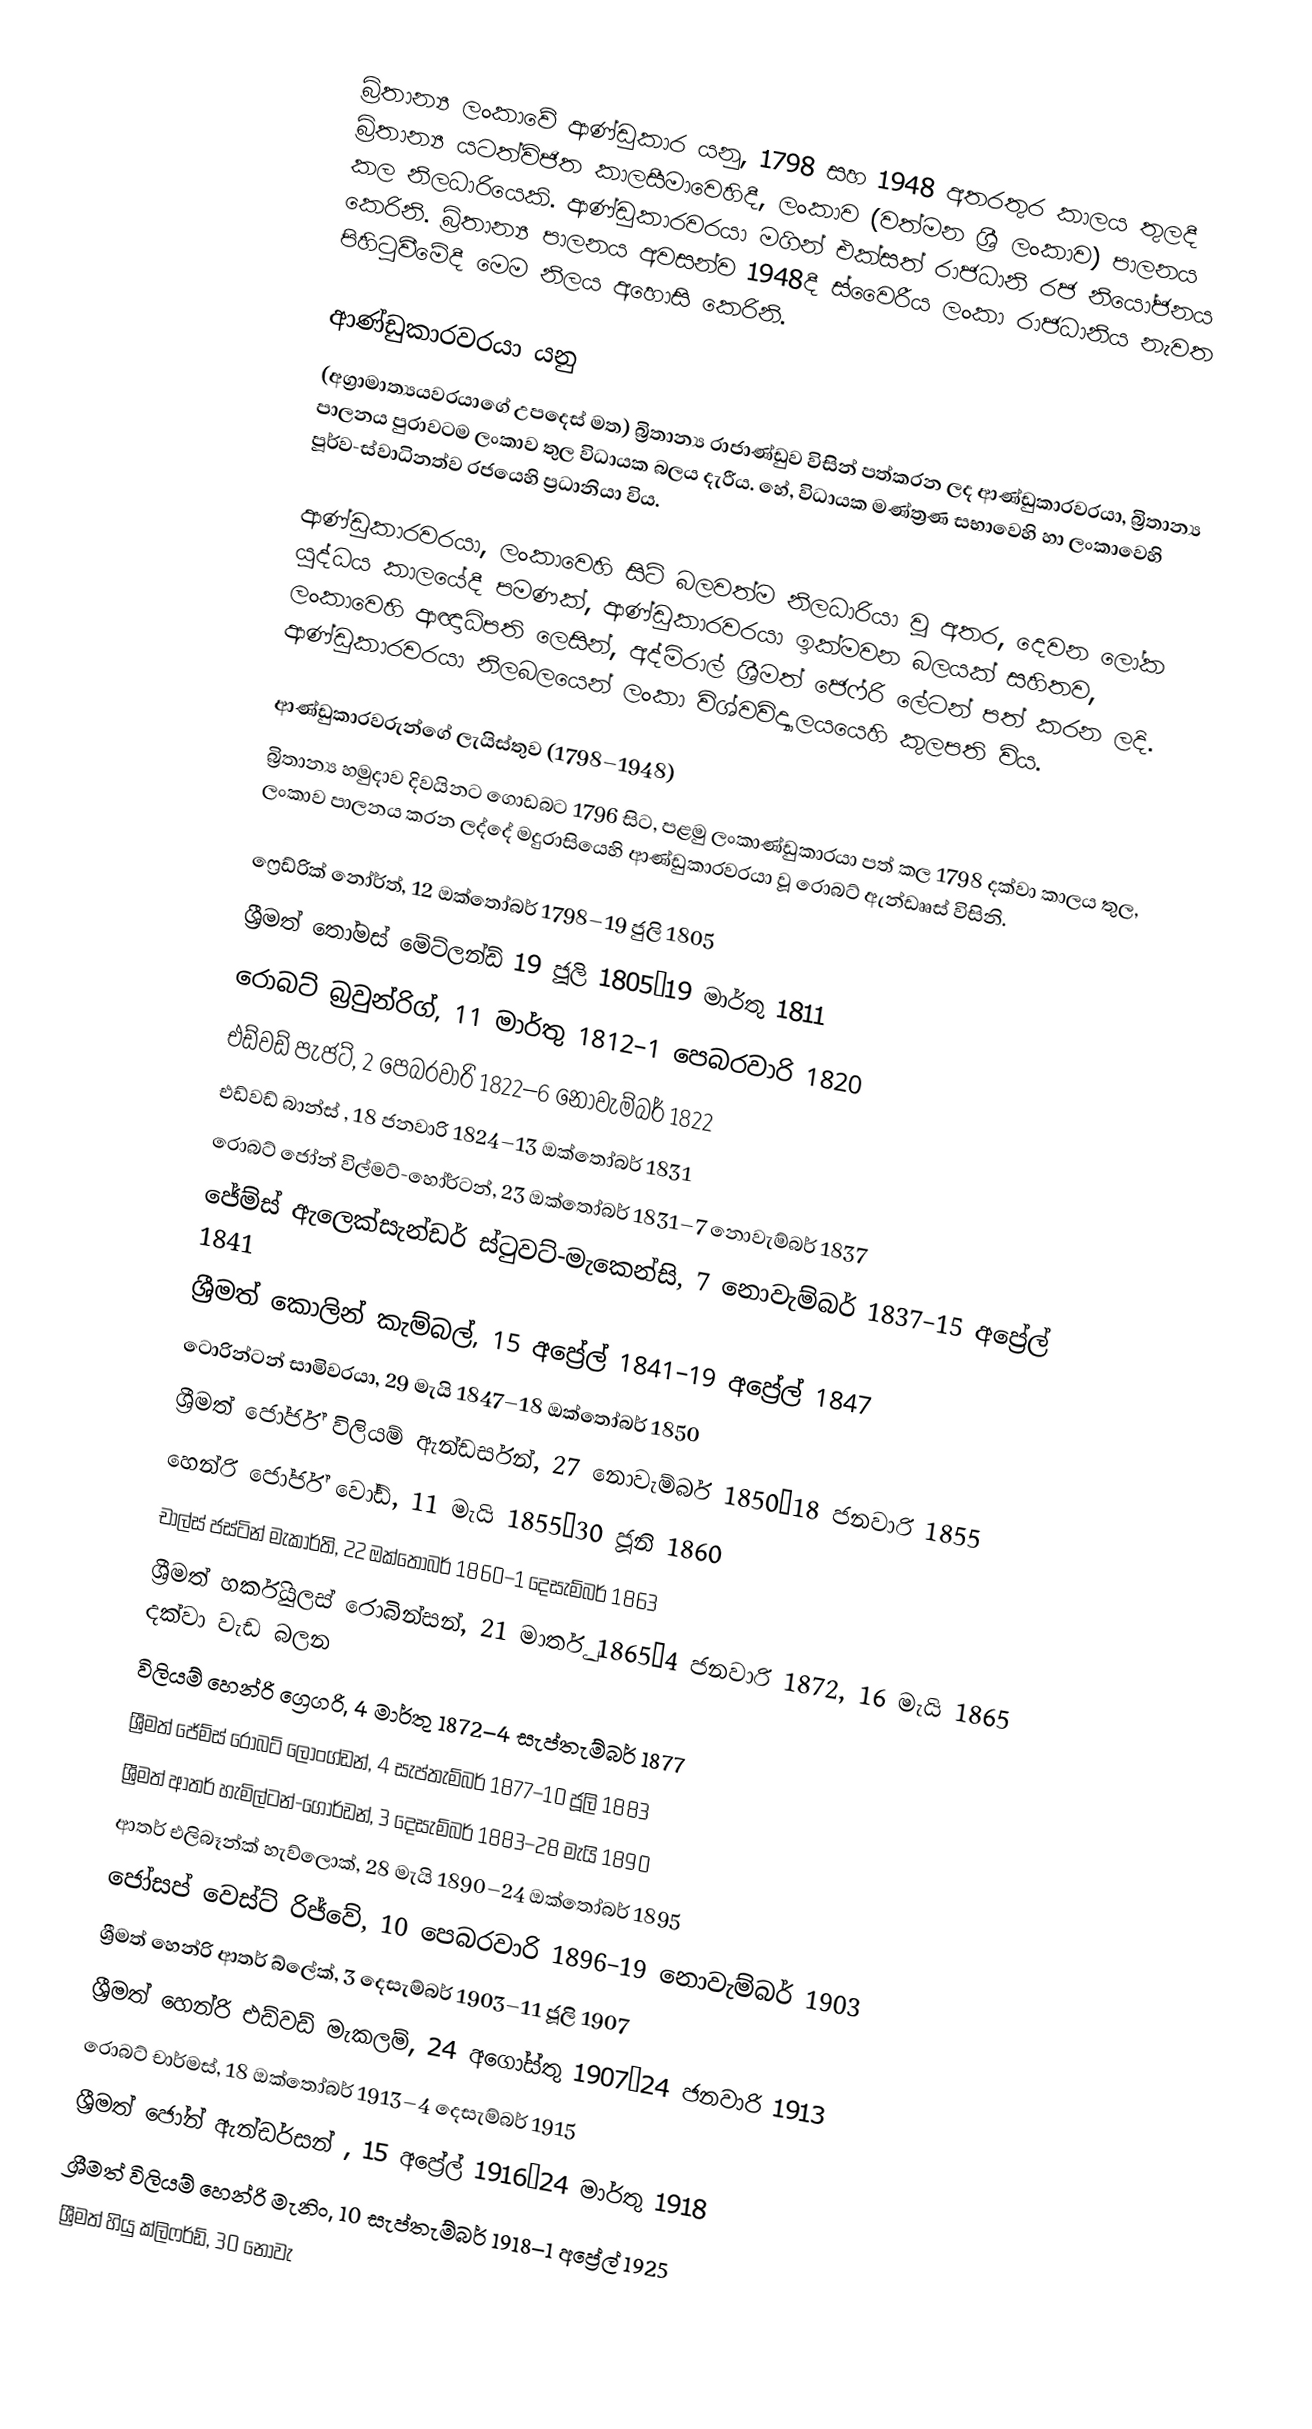
බ්‍රිතාන්‍ය ලංකාවේ ආණ්ඩුකාර යනු,  1798 සහ 1948 අතරතුර කාලය තුලදී බ්‍රිතාන්‍ය යටත්විජිත කාලසීමාවෙහිදී,  ලංකාව (වත්මන ශ්‍රී ලංකාව) පාලනය කල නිලධාරියෙකි. ආණ්ඩුකාරවරයා මගින් එක්සත් රාජධානි රජ නියෝජනය කෙරිනි. බ්‍රිතාන්‍ය පාලනය අවසන්ව 1948දී ස්වෛරීය ලංකා රාජධානිය නැවත පිහිටුවීමේදී මෙම නිලය අහොසි කෙරිනි.

ආණ්ඩුකාරවරයා යනු
(අග්‍රාමාත්‍යයවරයාගේ උපදෙස් මත) බ්‍රිතාන්‍ය රාජාණ්ඩුව විසින් පත්කරන ලද ආණ්ඩුකාරවරයා, බ්‍රිතාන්‍ය පාලනය පුරාවටම ලංකාව තුල විධායක බලය දැරීය. හේ, විධායක මණ්ත්‍රණ සභාවෙහි හා ලංකාවෙහි පූර්ව-ස්වාධිනත්ව රජයෙහි ප්‍රධානියා විය.

ආණ්ඩුකාරවරයා, ලංකාවෙහි සිටි බලවත්ම නිලධාරියා වූ අතර, දෙවන ලෝක යුද්ධය කාලයේදී පමණක්,  ආණ්ඩුකාරවරයා ඉක්මවන බලයක් සහිතව, ලංකාවෙහි ආඥාධිපති ලෙසින්, අද්මිරාල් ශ්‍රීමත් ජෙෆ්රි ලේටන් පත් කරන ලදි. ආණ්ඩුකාරවරයා නිලබලයෙන් ලංකා විශ්වවිද්‍යාල‍යයෙහි කුලපති විය.

ආණ්ඩුකාරවරුන්ගේ ලැයිස්තුව (1798–1948)
බ්‍රිතාන්‍ය හමුදාව දිවයිනට ගොඩබට 1796 සිට, පළමු ලංකාණ්ඩුකාරයා පත් කල  1798 දක්වා කාලය තුල, ලංකාව පාලනය කරන ලද්දේ  මදුරාසියෙහි ආණ්ඩුකාරවරයා  වූ රොබට් ඇන්ඩෲස් විසිනි.

  ෆ්‍රෙඩ්රික් නෝර්ත්, 12 ඔක්තෝබර් 1798–19 ජුලි 1805
  ශ්‍රීමත් තෝමස් මේට්ලන්ඩ් 19 ජූලි 1805–19 මාර්තු 1811
 රොබට් බ්‍රවුන්රිග්, 11 මාර්තු 1812–1 පෙබරවාරි 1820
 එඩ්වඩ් පැජට්, 2 පෙබරවාරි 1822–6 නොවැම්බර් 1822
  එඩ්වඩ් බාන්ස් , 18 ජනවාරි 1824–13 ඔක්තෝබර් 1831
  රොබට් ජෝන් විල්මට්-හෝර්ටන්, 23 ඔක්තෝබර් 1831–7 නොවැම්බර් 1837
 ජේම්ස් ඇලෙක්සැන්ඩර් ස්ටුවට්-මැකෙන්සි, 7 නොවැම්බර් 1837–15 අප්‍රේල් 1841
 ශ්‍රීමත් කොලින් කැම්බල්, 15 අප්‍රේල් 1841–19 අප්‍රේල් 1847
 ටොරින්ටන් සාමිවරයා, 29 මැයි 1847–18 ඔක්තෝබර් 1850
 ශ්‍රීමත් ජෝර්ජ් විලියම් ඇන්ඩර්සන්, 27 නොවැම්බර් 1850–18 ජනවාරි 1855
 හෙන්රි ජෝර්ජ් වෝඩ්, 11 මැයි 1855–30 ජූනි 1860
 චාල්ස් ජස්ටින් මැකාර්ති, 22 ඔක්තෝබර් 1860–1 දෙසැම්බර් 1863
 ශ්‍රීමත් හර්කියුලස් රොබින්සන්, 21 මාර්තු 1865–4 ජනවාරි 1872, 16 මැයි 1865 දක්වා වැඩ බලන
 විලියම් හෙන්රි ග්‍රෙගරි, 4 මාර්තු 1872–4 සැප්තැම්බර් 1877
 ශ්‍රීමත් ජේම්ස් රොබට් ලොංග්ඩන්, 4 සැප්තැම්බර් 1877–10 ජූලි 1883
 ශ්‍රීමත් ආතර් හැමිල්ටන්-ගෝර්ඩන්, 3 දෙසැම්බර් 1883–28 මැයි 1890
 ආතර් එලිබෑන්ක් හැව්ලොක්, 28 මැයි 1890–24 ඔක්තෝබර් 1895
 ජෝසප් වෙස්ට් රිජ්වේ, 10 පෙබරවාරි 1896–19 නොවැම්බර් 1903
 ශ්‍රීමත් හෙන්රි ආතර් බ්ලේක්, 3 දෙසැම්බර් 1903–11 ජූලි 1907
 ශ්‍රීමත් හෙන්රි එඩ්වඩ් මැකලම්, 24 අගෝස්තු 1907–24 ජනවාරි 1913
 රොබට් චාර්මස්, 18 ඔක්තෝබර් 1913–4 දෙසැම්බර් 1915
 ශ්‍රීමත්  ජෝන් ඇන්ඩර්සන් , 15 අප්‍රේල් 1916–24 මාර්තු 1918
 ශ්‍රීමත් විලියම් හෙන්රි මැනිං, 10 සැප්තැම්බර් 1918–1 අප්‍රේල් 1925
 ශ්‍රීමත් හියු ක්ලිෆර්ඩ්, 30 නොවැ